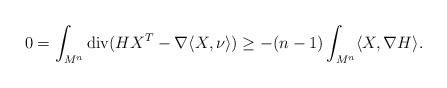
LaTeX: \begin{align*}0=\int_{M^{n}}\mathrm{div}(HX^{T}-\nabla \langle X,\nu \rangle)\geq-(n-1)\int_{M^{n}}\langle X,\nabla H \rangle.\end{align*}